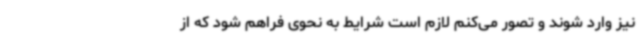
نیز وارد شوند و تصور می‌کنم لازم است شرایط به نحوی فراهم شود که از